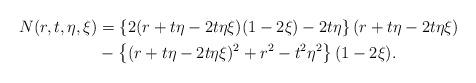
LaTeX: \begin{align*} N(r,t,\eta,\xi)&=\left\{2(r+t\eta-2t\eta\xi)(1-2\xi)-2t\eta\right\}(r+t\eta-2t\eta\xi) \\ &-\left\{(r+t\eta-2t\eta\xi)^2+r^2-t^2\eta^2\right\}(1-2\xi). \end{align*}